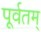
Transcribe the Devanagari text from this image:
पूर्वतम्